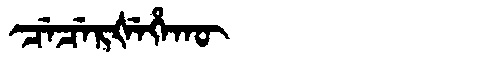
Manchu: ᠴᡝᠴᡝᡵᡧᡝᡥᠠᡴᡡ
Romanization: CECERŠEHAKŪ